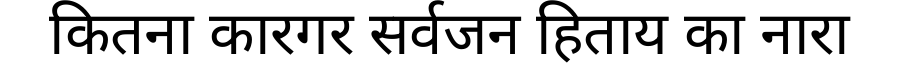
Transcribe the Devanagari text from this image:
कितना कारगर सर्वजन हिताय का नारा